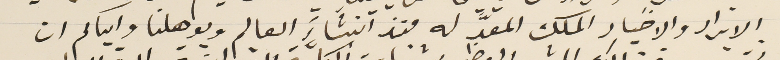
الابرار والاخيار الملك المعدَّ له منذ انشاءَ العالم ويوهلنا واياكم ان